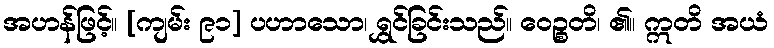
အဟန်ဖြင့်။ [ကျမ်း ၉၁] ပဟာသော၊ ရွှင်ခြင်းသည်။ ဝေဉ္စတိ၊ ၏။ ဣတိ အယံ